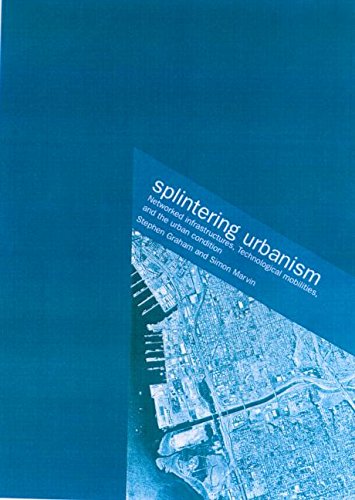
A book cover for Splintering Urbanism: Networked Infrastructures, Technological Mobilities and the Urban Condition; Steve Graham; Politics & Social Sciences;